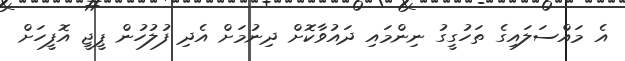
އެ މައްސަލައިގެ ތަހުގީގު ނިންމައި ދައުވާކޮށް ދިނުމަށް އެދި ފުލުހުން ޕީޖީ އޮފީހަށް